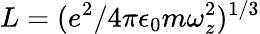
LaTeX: L=(e^{2}/4\pi\epsilon_{0}m\omega_{z}^{2})^{1/3}